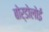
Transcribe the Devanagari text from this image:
बोर्डोलोई